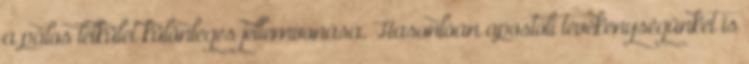
a pálos lelkület különleges jellemvonása. Hasonlóan apostoli tevékenységünket is